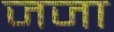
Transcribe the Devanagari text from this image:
जजा